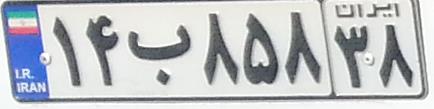
۱۴ب۸۵۸۳۸